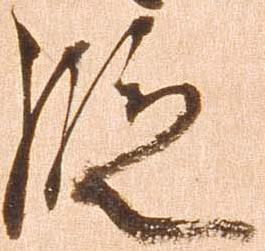
段